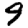
Digit: 9